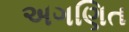
અગણિત